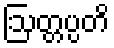
ဩတ္တပ္ပတိ